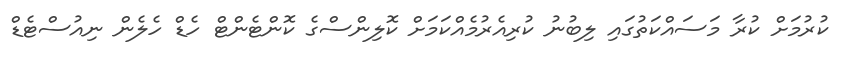
ކުރުމަށް ކުރާ މަސައްކަތުގައި ލިބުނު ކުރިއެރުމެއްކަމަށް ކޮލިންސްގެ ކޮންޓެންޓް ހެޑް ހެލެން ނިއުސްޓެޑް